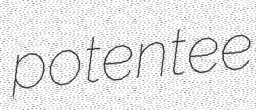
potentee